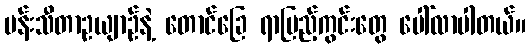
မန်းသီတာဥယျာဉ်နဲ့ တောင်ခြေ ရာပြည့်ကွင်းတွေ ပေါ်လာပါတယ်။